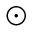
\odot